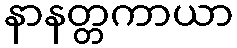
နာနတ္တကာယာ